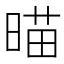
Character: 𣈴